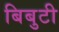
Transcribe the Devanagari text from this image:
बिबुटी